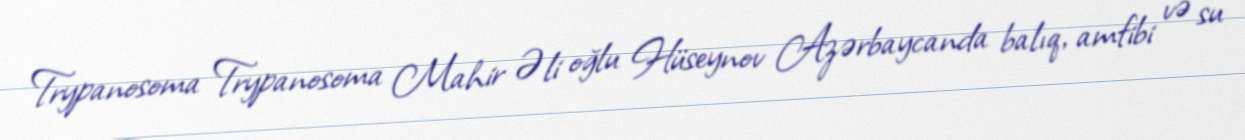
Trypanosoma Trypanosoma Mahir Əli oğlu Hüseynov Azərbaycanda balıq, amfibi və su